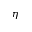
\eta